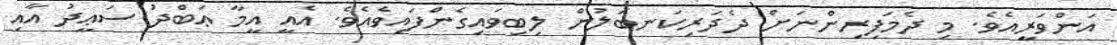
އަންވަރީއެވެ. މި ދެމަފިރިންނަށް ދެދަރިކަނބަލުން ލިބިވައިގެންފައިވެއެވެ. އެއީ އީމާ ޢަބްދު ސަޢީދު އާއި